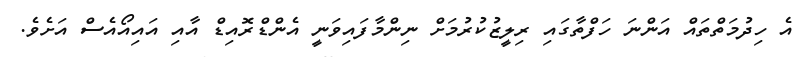
އެ ހިދުމަތްތައް އަންނަ ހަފްތާގައި ރިލީޒުކުރުމަށް ނިންމާފައިވަނީ އެންޑްރޮއިޑް އާއި އައިއޯއެސް އަށެވެ.